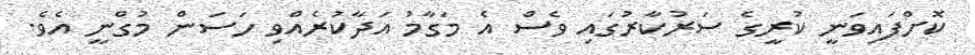
ކޮށްފައިވަނީ ކުރީގެ ސަރުކާރުގައި ވެސް އެ މަގާމު އަދާކުރެއްވި ހަސަން މުގްނީ އެވެ.